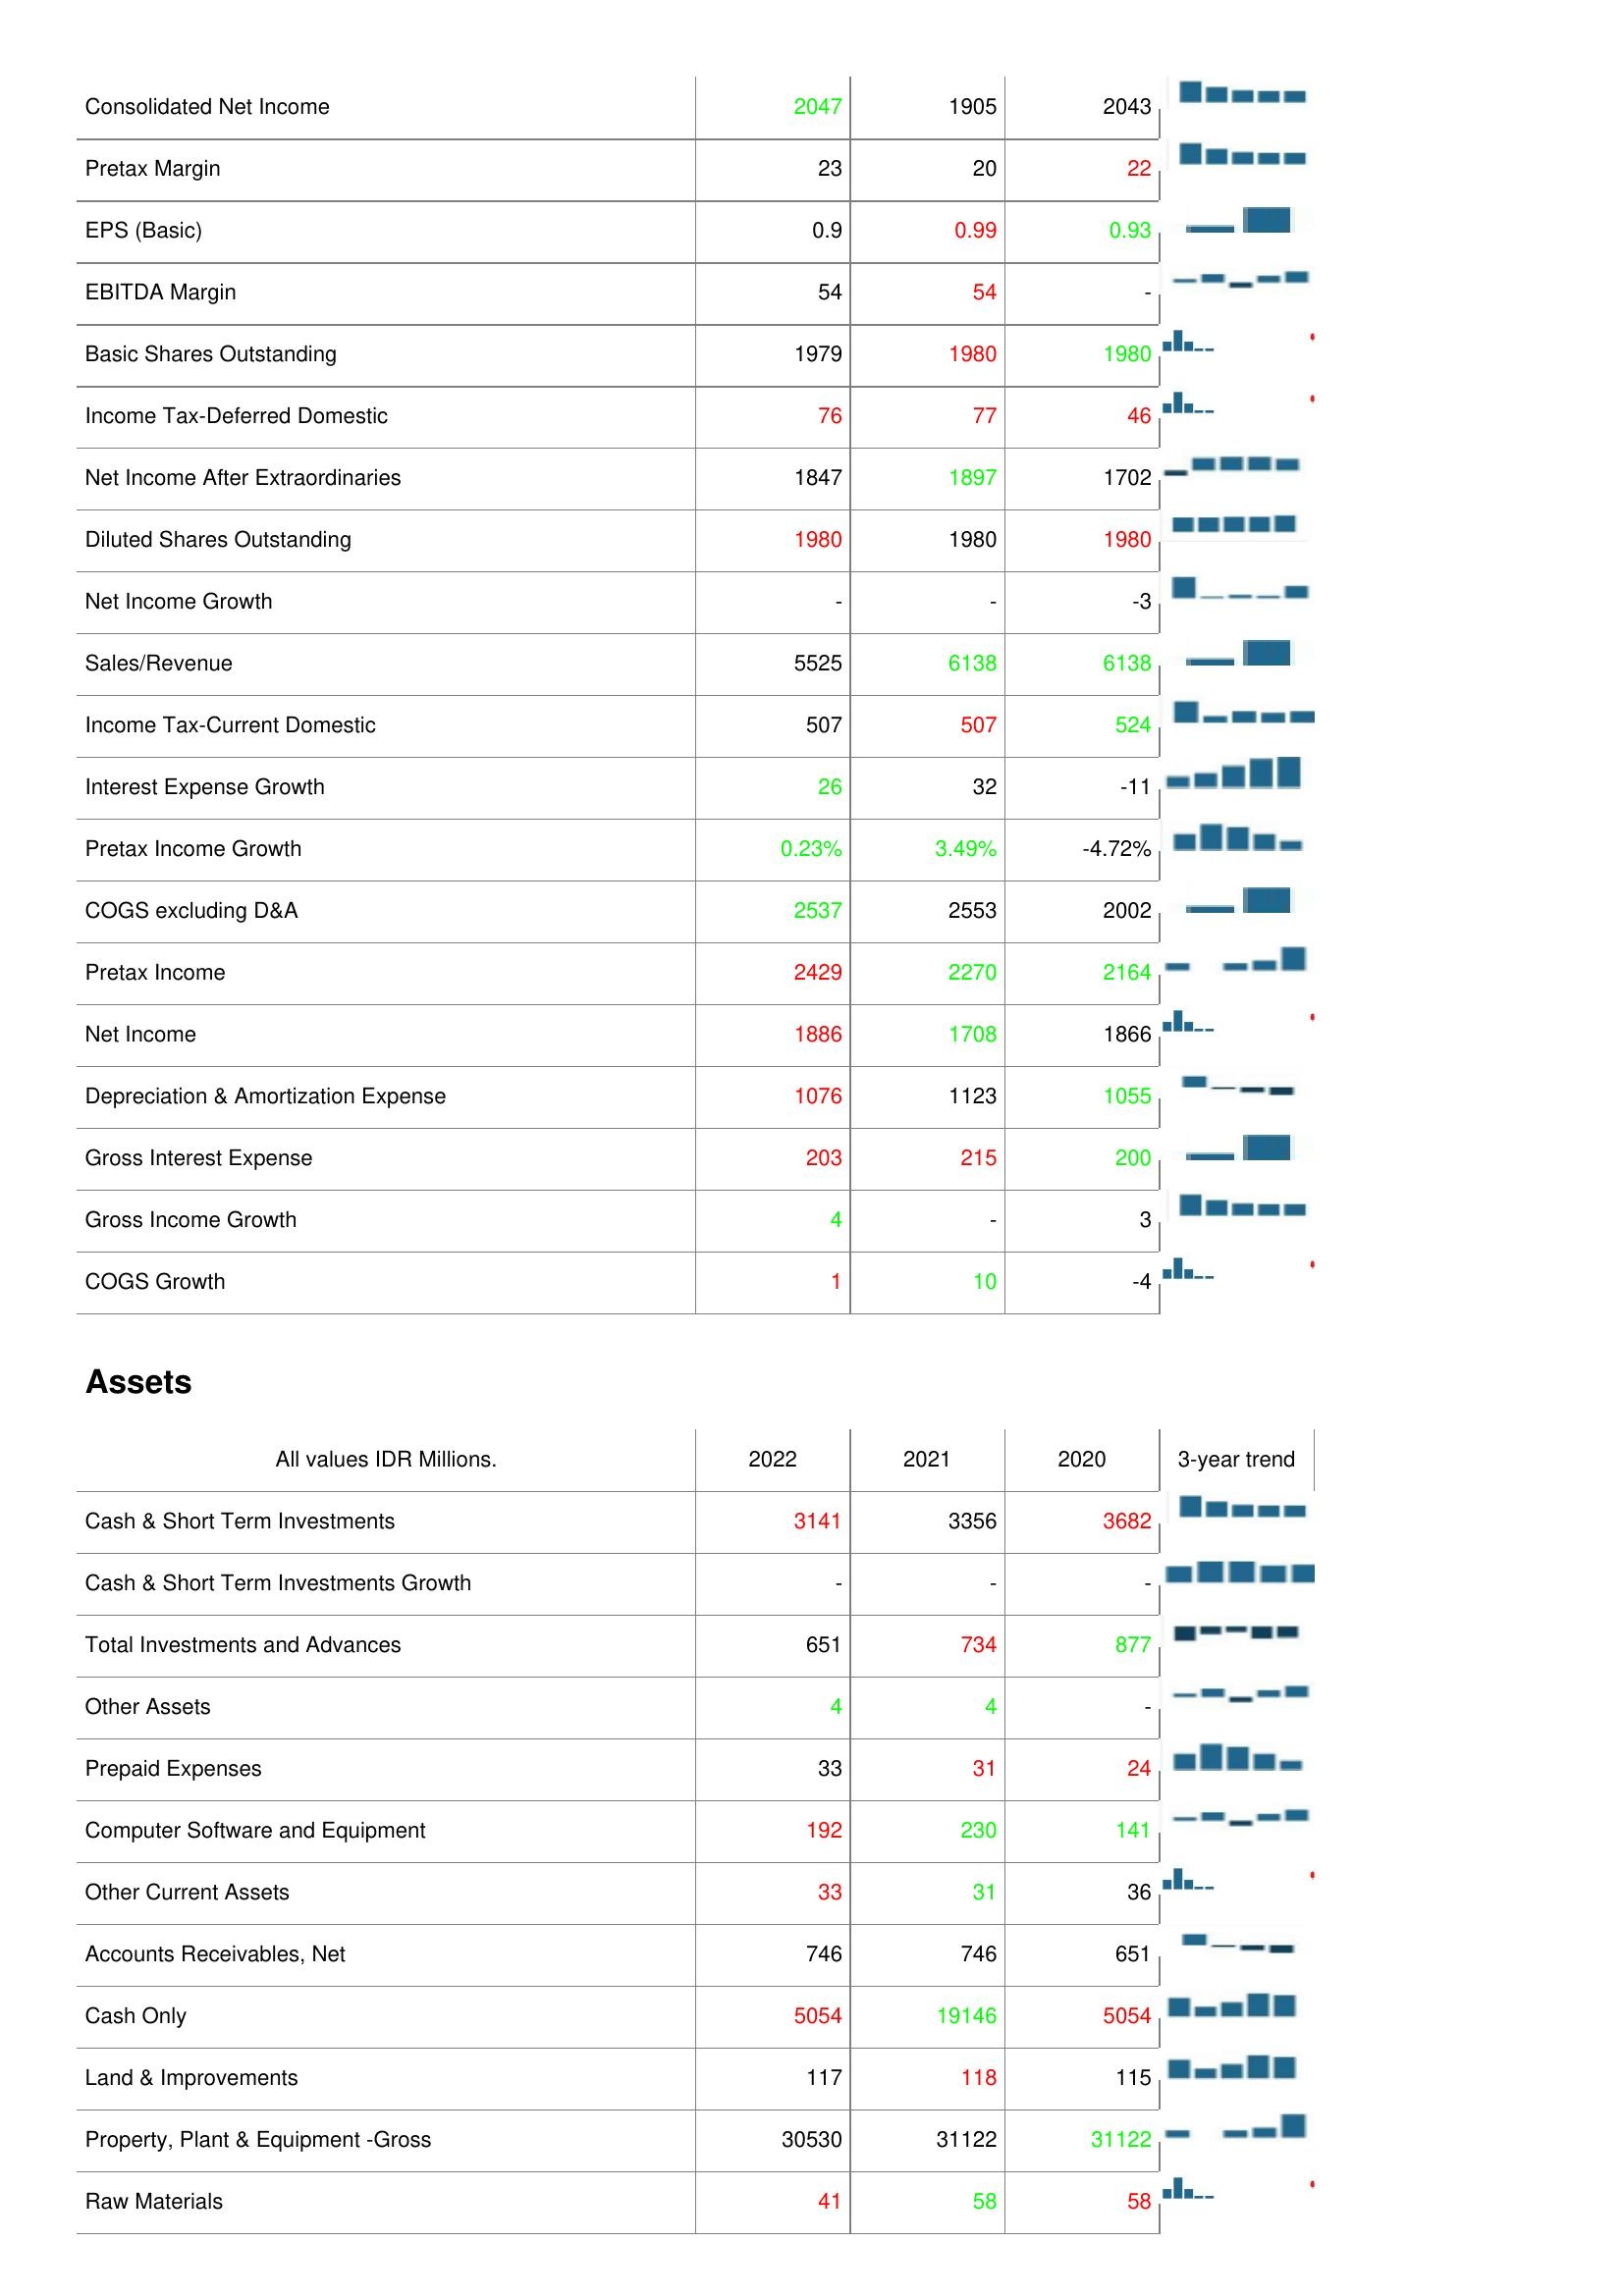
2022: : Consolidated Net Income: 2047
Pretax Margin: 23
EPS (Basic): 0.9
EBITDA Margin: 54
Basic Shares Outstanding: 1979
Income Tax-Deferred Domestic: 76
Net Income After Extraordinaries: 1847
Diluted Shares Outstanding: 1980
Net Income Growth: -
Sales/Revenue: 5525
Income Tax-Current Domestic: 507
Interest Expense Growth: 26
Pretax Income Growth: 0.23%
COGS excluding D&A: 2537
Pretax Income: 2429
Net Income: 1886
Depreciation & Amortization Expense: 1076
Gross Interest Expense: 203
Gross Income Growth: 4
COGS Growth: 1
Assets: Cash & Short Term Investments: 3141
Cash & Short Term Investments Growth: -
Total Investments and Advances: 651
Other Assets: 4
Prepaid Expenses: 33
Computer Software and Equipment: 192
Other Current Assets: 33
Accounts Receivables, Net: 746
Cash Only: 5054
Land & Improvements: 117
Property, Plant & Equipment -Gross: 30530
Raw Materials: 41
2021: : Consolidated Net Income: 1905
Pretax Margin: 20
EPS (Basic): 0.99
EBITDA Margin: 54
Basic Shares Outstanding: 1980
Income Tax-Deferred Domestic: 77
Net Income After Extraordinaries: 1897
Diluted Shares Outstanding: 1980
Net Income Growth: -
Sales/Revenue: 6138
Income Tax-Current Domestic: 507
Interest Expense Growth: 32
Pretax Income Growth: 3.49%
COGS excluding D&A: 2553
Pretax Income: 2270
Net Income: 1708
Depreciation & Amortization Expense: 1123
Gross Interest Expense: 215
Gross Income Growth: -
COGS Growth: 10
Assets: Cash & Short Term Investments: 3356
Cash & Short Term Investments Growth: -
Total Investments and Advances: 734
Other Assets: 4
Prepaid Expenses: 31
Computer Software and Equipment: 230
Other Current Assets: 31
Accounts Receivables, Net: 746
Cash Only: 19146
Land & Improvements: 118
Property, Plant & Equipment -Gross: 31122
Raw Materials: 58
2020: : Consolidated Net Income: 2043
Pretax Margin: 22
EPS (Basic): 0.93
EBITDA Margin: -
Basic Shares Outstanding: 1980
Income Tax-Deferred Domestic: 46
Net Income After Extraordinaries: 1702
Diluted Shares Outstanding: 1980
Net Income Growth: -3
Sales/Revenue: 6138
Income Tax-Current Domestic: 524
Interest Expense Growth: -11
Pretax Income Growth: -4.72%
COGS excluding D&A: 2002
Pretax Income: 2164
Net Income: 1866
Depreciation & Amortization Expense: 1055
Gross Interest Expense: 200
Gross Income Growth: 3
COGS Growth: -4
Assets: Cash & Short Term Investments: 3682
Cash & Short Term Investments Growth: -
Total Investments and Advances: 877
Other Assets: -
Prepaid Expenses: 24
Computer Software and Equipment: 141
Other Current Assets: 36
Accounts Receivables, Net: 651
Cash Only: 5054
Land & Improvements: 115
Property, Plant & Equipment -Gross: 31122
Raw Materials: 58